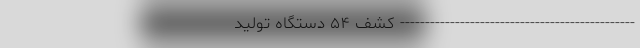
----------------------------------------------- کشف ۵۴ دستگاه تولید